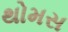
થોમસ